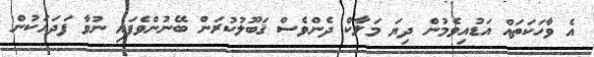
އެ ވާހަކަތައް އަޑުއިވެމުން ދިޔަ މަލާކް ދެންވެސް ޤަބޫލުކުރަން ބޭނުންވެފައި ނުވާ ފަދައަކުން